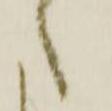
候